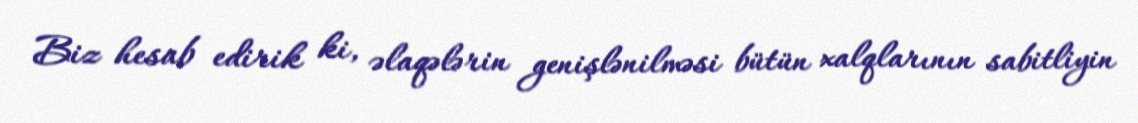
Biz hesab edirik ki, əlaqələrin genişlənilməsi bütün xalqlarının sabitliyin